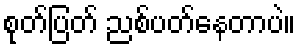
စုတ်ပြတ် ညစ်ပတ်နေတာပဲ။